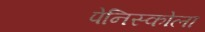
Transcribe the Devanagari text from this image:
पेनिस्कोला